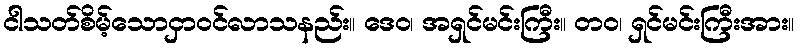
ငါသတ်စိမ့်သောငှာဝင်လာသနည်း။ ဒေဝ၊ အရှင်မင်းကြီး။ တဝ၊ ရှင်မင်းကြီးအား။